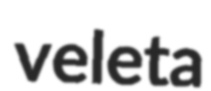
veleta